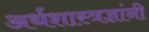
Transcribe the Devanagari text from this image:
अर्थशास्त्रज्ञांनी